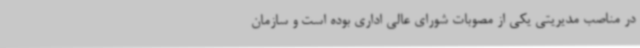
در مناصب مدیریتی یکی از مصوبات شورای عالی اداری بوده است و سازمان